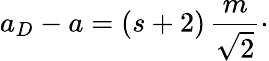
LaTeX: a_{D}-a=(s+2)\, {\frac{m}{\sqrt{2}}}\cdotp